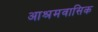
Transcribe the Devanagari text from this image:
आश्रमवासिक